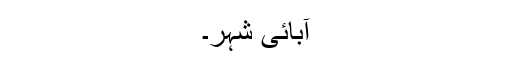
آبائی شہر۔